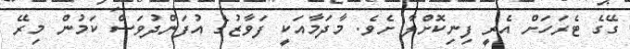
ގޭގެ ޓެރަހަށް އެރީ ފިނިކޮށްލާ ށެވެ. މާދަމާއަކީ ފަވާޒުގެ އުފަންދުވަސް ކަމުން މިރޭ